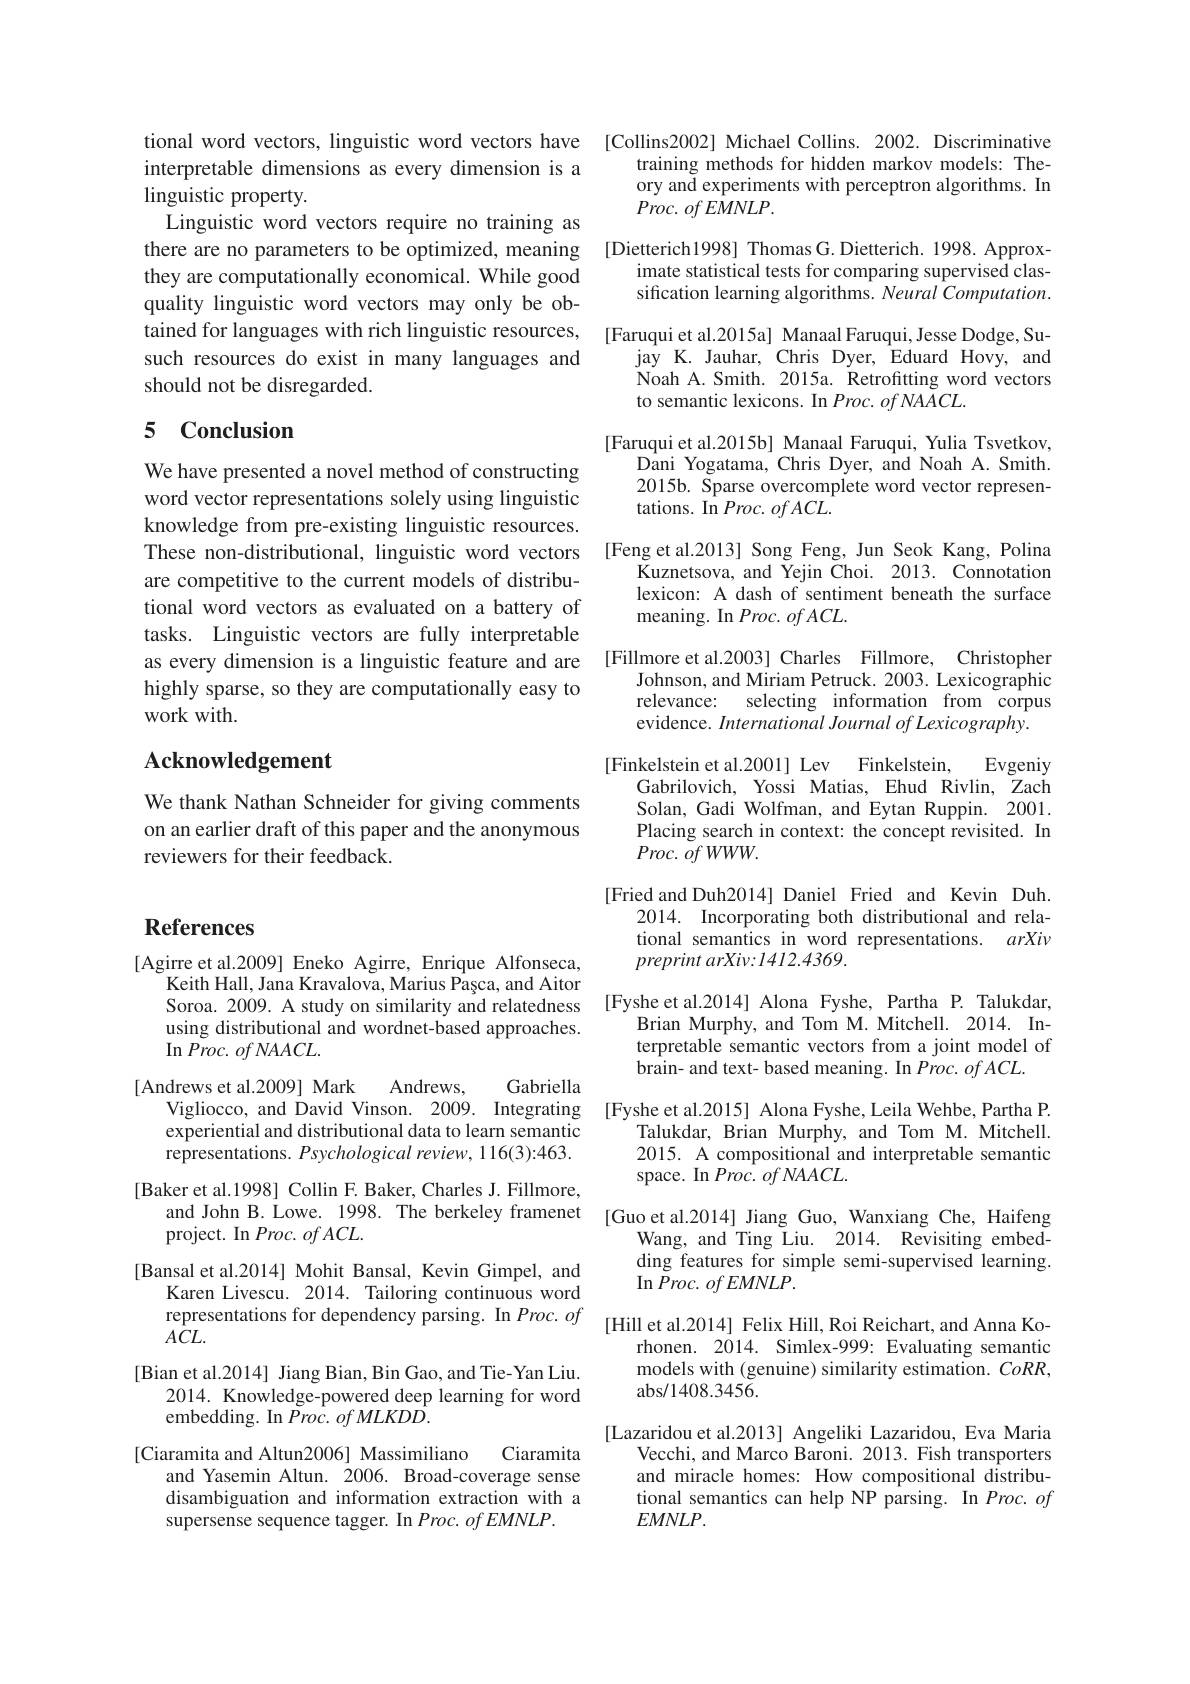
tional word vectors, linguistic word vectors have interpretable dimensions as every dimension is a linguistic property.
Linguistic word vectors require no training as there are no parameters to be optimized, meaning they are computationally economical. While good quality linguistic word vectors may only be obtained for languages with rich linguistic resources, such resources do exist in many languages and should not be disregarded.

## 5 Conclusion

We have presented a novel method of constructing word vector representations solely using linguistic knowledge from pre-existing linguistic resources. These non-distributional, linguistic word vectors are competitive to the current models of distributional word vectors as evaluated on a battery of tasks. Linguistic vectors are fully interpretable as every dimension is a linguistic feature and are highly sparse, so they are computationally easy to work with.

## Acknowledgement

We thank Nathan Schneider for giving comments on an earlier draft of this paper and the anonymous reviewers for their feedback.

[Collins2002] Michael Collins. 2002. Discriminative
training methods for hidden markov models: Theory and experiments with perceptron algorithms. In $Proc.$ $of$ $EMNLP.$
[Dietterich1998] Thomas G.Dietterich. 1998. Approx-
imate statistical tests for comparing supervised classification learning algorithms. Neural Computation.
[Faruqui et al.2015a] Manaal Faruqui, Jesse Dodge, Su-
jay K. Jauhar, Chris Dyer, Eduard Hovy, and Noah A. Smith. 2015a. Retrofitting word vectors to semantic lexicons. In Proc. $ofNAACL.$
[Faruqui et al.2015b] Manaal Faruqui, Yulia Tsvetkov,
Dani Yogatama, Chris Dyer, and Noah A. Smith 2015b. Sparse overcomplete word vector representations. In $Proc. \textit{ ofACL}.$
[Feng et al.2013] Song Feng, Jun Seok Kang, Polina
Kuznetsova, and Yejin Choi. 2013. Connotatior lexicon: A dash of sentiment beneath the surface meaning. In $Proc.ofACL.$
[Fillmore et al.2003] Charles Fillmore, Christophen
Johnson, and Miriam Petruck. 2003. Lexicographic
relevance:
selecting information from corpus
evidence. International Journal of Lexicography.
[Finkelstein et al.2001] Lev Finkelstein
Evgeniy
Gabrilovich, Yossi Matias, Ehud Rivlin, Zach Solan, Gadi Wolfman, and Eytan Ruppin. 2001. Placing search in context: the concept revisited. In $Proc.$ $ofWWW.$
[Fried and Duh2014] Daniel Fried and Kevin Duh.
2014. Incorporating both distributional and relational semantics in word representations. arXiv preprint arXiv:1412.4369.
[Fyshe et al.2014] Alona Fyshe, Partha P. Talukdar,
Brian Murphy, and Tom M. Mitchell. 2014. Interpretable semantic vectors from a joint model of $\hat{\text{brain- and text- based meaning. In }Proc.ofACL}.$
Vigliocco, and David Vinson. 2009. Integrating [Fyshe et al.2015] Alona Fyshe,Leila Wehbe, Partha P.
Talukdar, Brian Murphy, and Tom M. Mitchell. 2015. A compositional and interpretable semantic space. In Proc. $ofNAACL.$
and John B. Lowe. 1998. The berkeley framenet [Guo et al.2014] Jiang Guo, Wanxiang Che, Haifeng nroiectn In $Proc\_ofACI$
Wang, and Ting Liu. 2014. Revisiting embedding features for simple semi-supervised learning. In Proc. of EMNLP.
representations for dependency parsing. $\ln Proc. of$ [Hill et al.2014] Felix Hill, Roi Reichart, and Anna Ko-
rhonen. 2014. Simlex-999: Evaluating semantic models with (genuine) similarity estimation. $CoRR$, abs/ 1408. 3456.
[Lazaridou et al.2013] Angeliki Lazaridou, Eva Maria
Vecchi, and Marco Baroni. 2013. Fish transporters and miracle homes: How compositional distributional semantics can help NP parsing. In Proc. of $EMNLP.$

# References

[Agirre et al.2009] Eneko Agirre, Enrique Alfonseca,
Keith Hall, Jana Kravalova, Marius Pașca, and Aitor Soroa. 2009. A study on similarity and relatedness using distributional and wordnet-based approaches. In $Proc. \textit{ of NAACL}.$
Andrews,
Gabriella
[Andrews et al.2009] Mark
experiential and distributional data to learn semantic representations. Psychological review, 116(3):463.
[Baker et al.1998] Collin F. Baker, Charles J. Fillmore,
project. In Proc. $ofACL.$
[Bansal et al.2014] Mohit Bansal, Kevin Gimpel, and
Karen Livescu. 2014. Tailoring continuous word
$A\bar{C}L.$
[Bian et al.2014] Jiang Bian, Bin Gao, and Tie- Yan Liu.
2014. Knowledge-powered deep learning for word
embedding. In $Proc. \textit{ of MLKDD}.$
Ciaramita
[Ciaramita and Altun2006] Massimiliano
and Yasemin Altun. 2006. Broad-coverage sense disambiguation and information extraction with a supersense sequence tagger. In $Proc.ofEMNLP.$